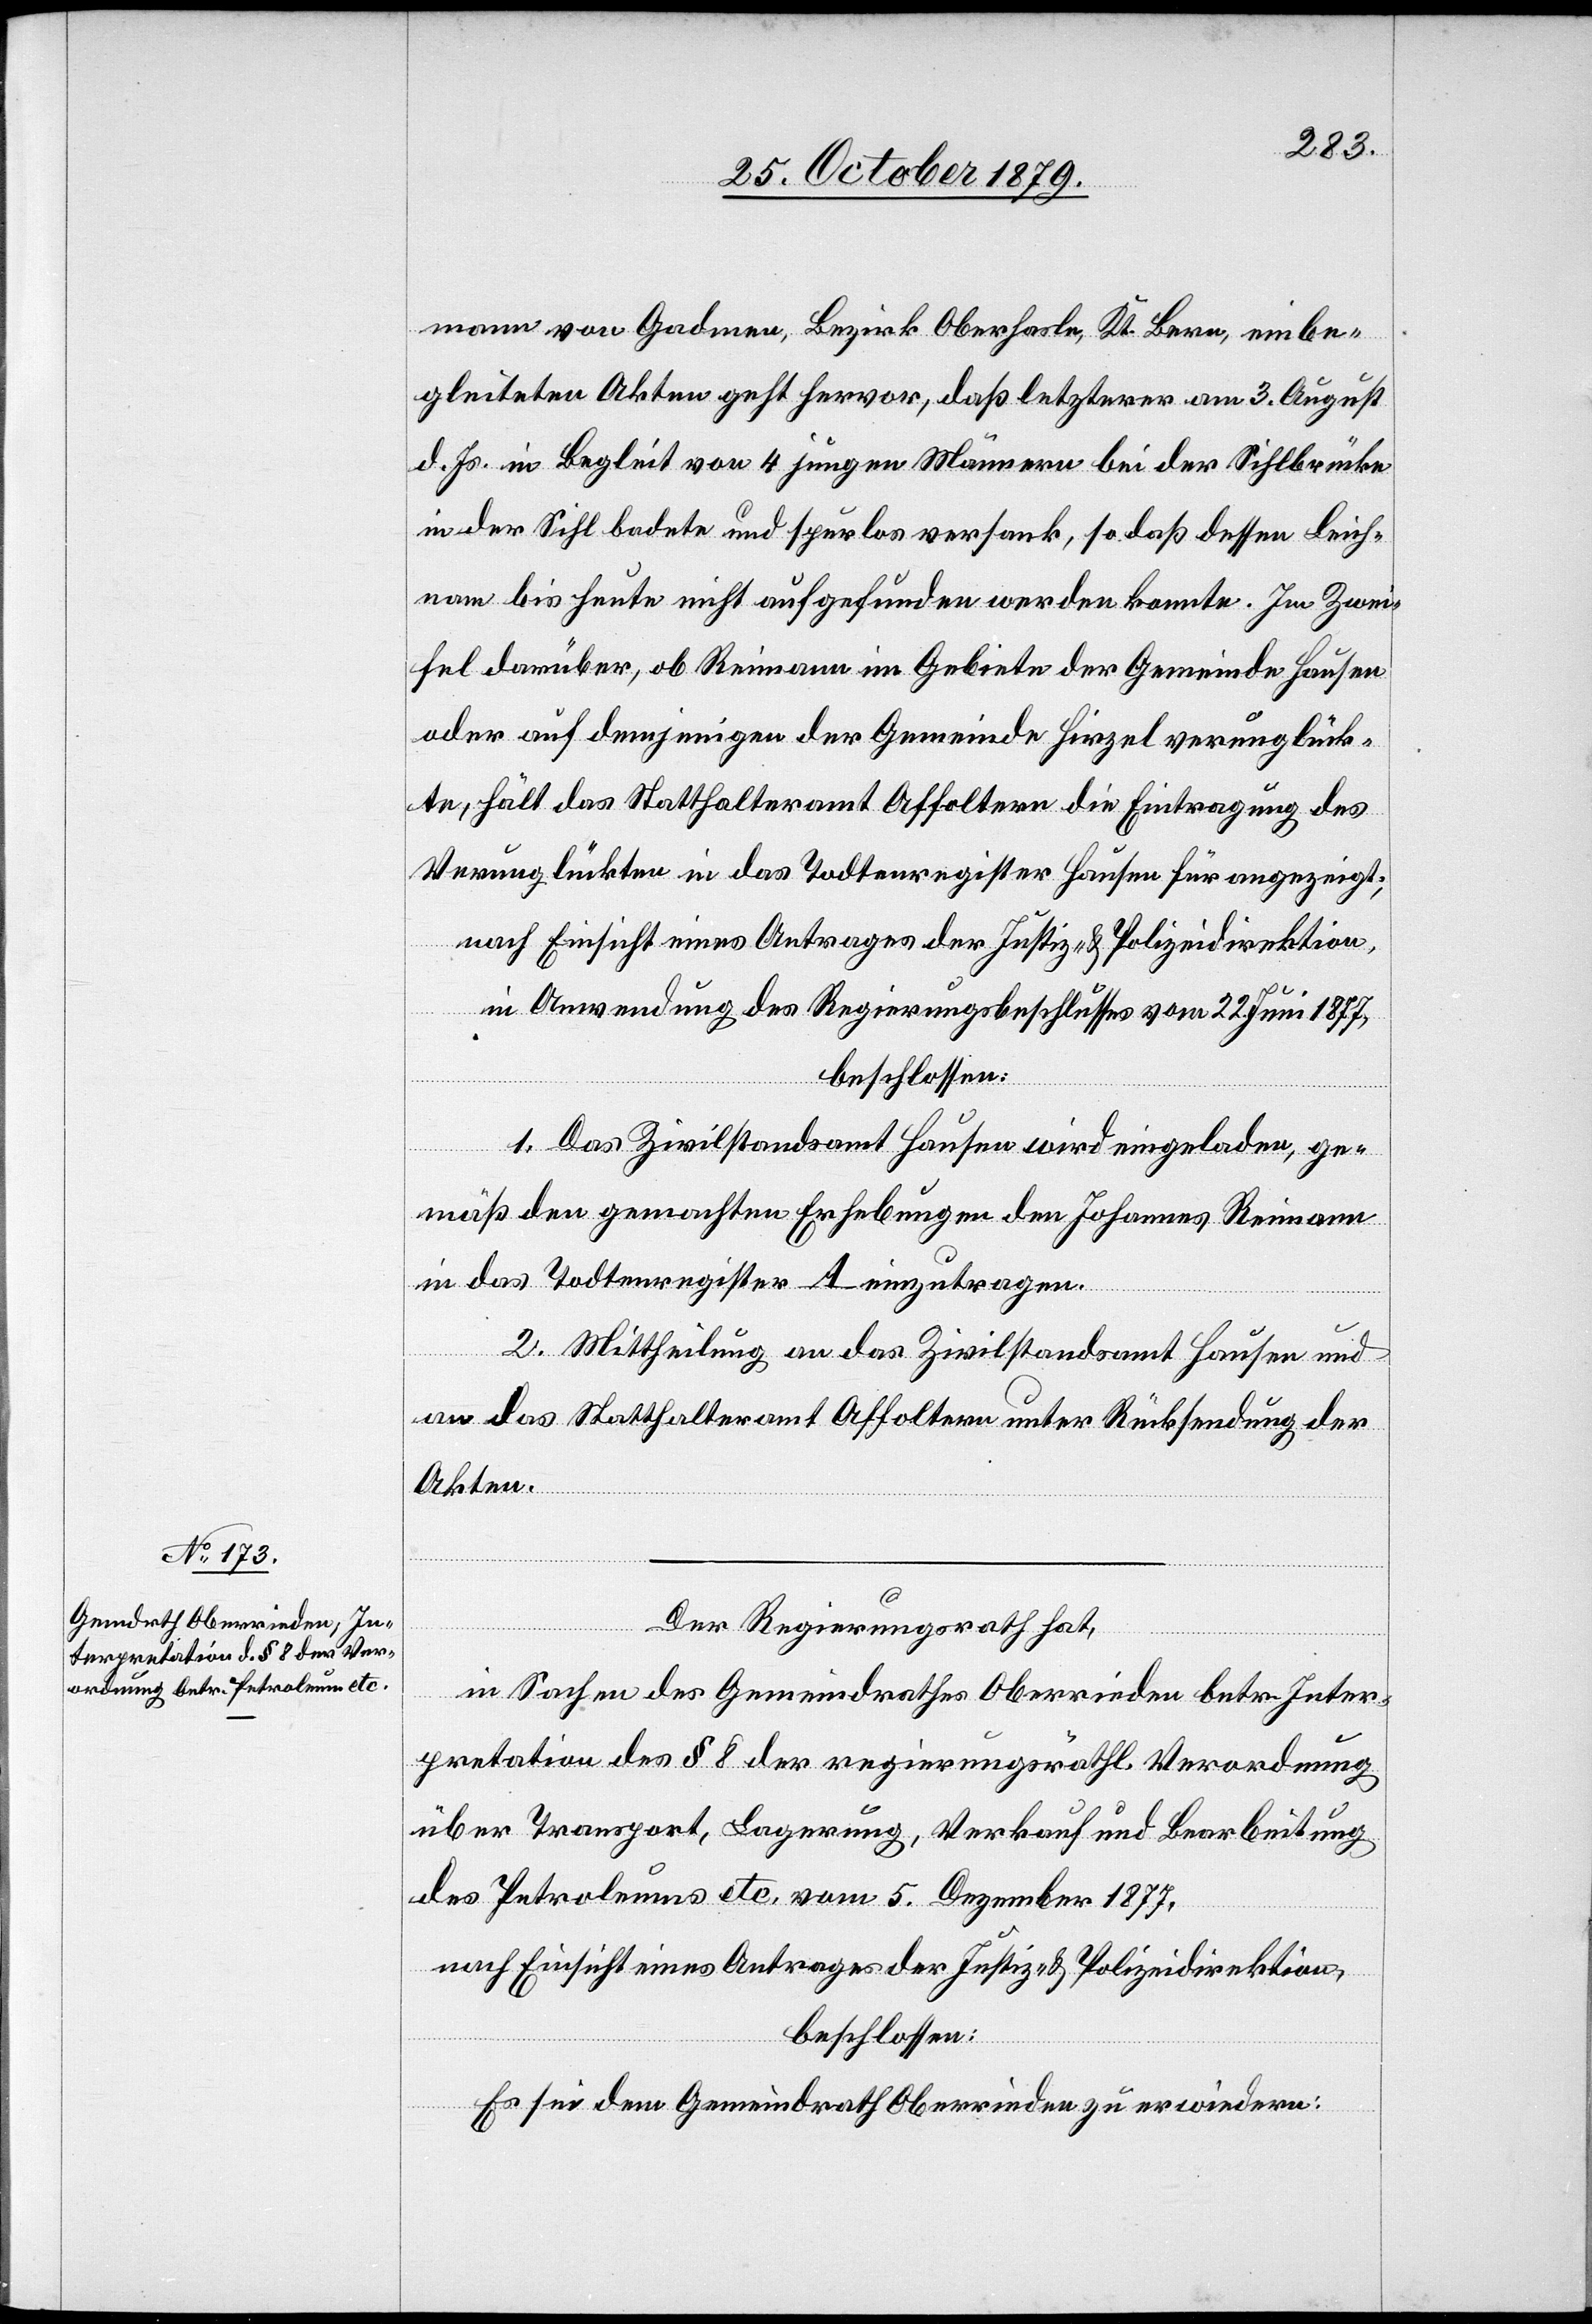
mann von Gadmen, Bezirk Oberhasle, Kt. Bern, einbe¬
gleiteten Akten geht hervor, daß letzterer am 3. August
d. Js. in Begleit von 4 jungen Männern bei der Sihlbrücke
in der Sihl badete und spurlos versank, so daß dessen Leich¬
nam bis heute nicht aufgefunden werden konnte. Im Zwei¬
fel darüber, ob Reimann im Gebiete der Gemeinde Hausen
oder auf demjenigen der Gemeinde Hirzel verunglück¬
te, hält das Statthalteramt Affoltern die Eintragung des
Verunglückten in das Todesregister Hausen für angezeigt;
nach Einsicht eines Antrages der Justiz- & Polizeidirektion,
in Anwendung des Regierungsbeschlusses vom 22. Juni 1877,
beschlossen:
1. Das Zivilstandsamt Hausen wird eingeladen, ge¬
mäß den gemachten Erhebungen den Johannes Reimann
in das Todesregister A einzutragen.
2. Mittheilung an das Zivilstandsamt Hausen und
an das Statthalteramt Affoltern unter Rücksendung der
Akten.
Der Regierungsrath hat,
in Sachen des Gemeindrathes Oberrieden betr. Inter¬
pretation des § 8 der regierungsräthl. Verordnung
über Transport, Lagerung, Verkauf und Bearbeitung
des Petroleums etc. vom 5. Dezember 1877,
nach Einsicht eines Antrages der Justiz- & Polizeidirektion,
beschlossen:
Es sei dem Gemeindrath Oberrieden zu erwiedern: